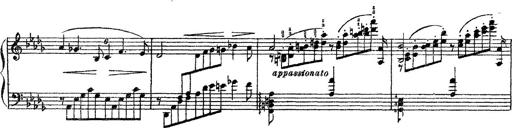
Title: 3 sonetti di Petrarca
Composer: Franz Liszt